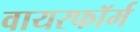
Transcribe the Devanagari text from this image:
वायरफॉर्म